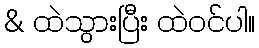
& ထဲသွားပြီး ထဲဝင်ပါ။